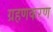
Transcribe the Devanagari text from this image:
ग्रहणकरण